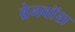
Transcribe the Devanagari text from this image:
ब्रेनवाॅश